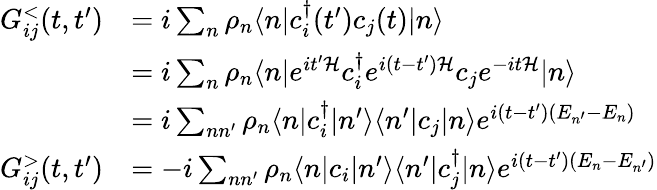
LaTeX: \begin{array}{rl}{G_{ij}^{<}(t,t^{\prime})}&{=i\sum_{n}\rho_{n}\langle n|c_{i}^{\dagger}(t^{\prime})c_{j}(t)|n\rangle}\\ &{=i\sum_{n}\rho_{n}\langle n|e^{it^{\prime}\mathcal{H}}c_{i}^{\dagger}e^{i(t-t^{\prime})\mathcal{H}}c_{j}e^{-it\mathcal{H}}|n\rangle}\\ &{=i\sum_{nn^{\prime}}\rho_{n}\langle n|c_{i}^{\dagger}|n^{\prime}\rangle\langle n^{\prime}|c_{j}|n\rangle e^{i(t-t^{\prime})(E_{n^{\prime}}-E_{n})}}\\ {G_{ij}^{>}(t,t^{\prime})}&{=-i\sum_{nn^{\prime}}\rho_{n}\langle n|c_{i}|n^{\prime}\rangle\langle n^{\prime}|c_{j}^{\dagger}|n\rangle e^{i(t-t^{\prime})(E_{n}-E_{n^{\prime}})}}\end{array}